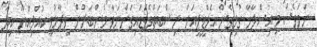
ނަމަވެސް މި އިސްލާހާ ގުޅިގެން އެމްޑީޕީއަށް ނިސްބަތްވެވަޑައިގަންނަވާ މެންބަރުން ވިދާޅުވީ ކުއްލިއްޔާ ކިޔާ